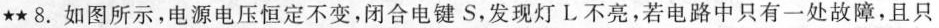
★★8. 如图所示，电源电压恒定不变，闭合电键S，发现灯L不亮，若电路中只有一处故障，且只